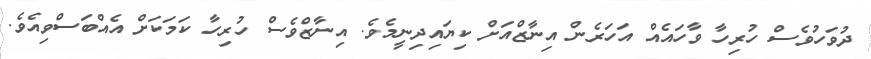
ދުވަހުވެސް ހުރިހާ ވާހައެއް އަހަރެން އިނާޒްއަށް ކިޔައިދިނީމެވެ. އިނާޒްވެސް ހުރިހާ ކަމަކަށް އެއްބަސްވިއެވެ.